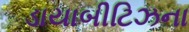
ડાયાબીટિઝના